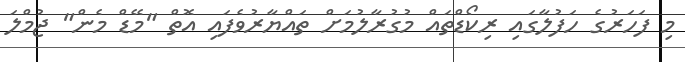
މި ފަހަރުގެ ހަފުލާގައި ރިކޯޑްތައް މުގުރާލުމަށް ތައްޔާރުވެފައި އޮތް "މޭޑް މެން" ޖުމްލަ